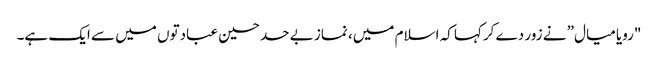
"رویا میال” نے زور دے کرکہا کہ اسلام میں، نماز بے حد حسین عبادتوں میں سے ایک ہے۔